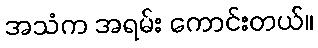
အသံက အရမ်း ကောင်းတယ်။